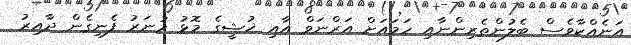
އަނެއްކާވެސް ބެލުންތެރިންނާއި ހަމައަށް އަރްނަވް އާއި ޚުޝީގެ މޮޅު ހުނަރު ފެނިގެން ދާއިރު